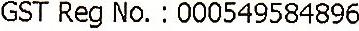
GST REG NO. : 000549584896